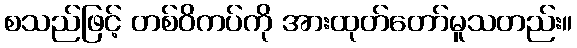
စသည်ဖြင့် တစ်ဝိကပ်ကို အားထုတ်တော်မူသတည်း။